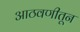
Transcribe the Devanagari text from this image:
आठवणीतून